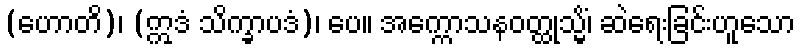
(ဟောတိ)၊ (ဣဒံ သိက္ခာပဒံ)၊ ပေ။ အက္ကောသနဝတ္ထုသ္မိံ၊ ဆဲရေးခြင်းဟူသော